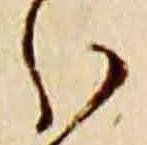
分